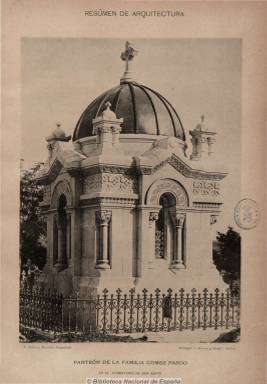
Título: Resumen de arquitectura, Revista de la Sociedad Central de Arquitectos
Colección: Arquitectura y construcción
Ámbito geográfico: Madrid
Lugar de publicación: Madrid
Fechas: 01/01/1899-01/12/1900

A partir de enero de 1899, la Sociedad Central de Arquitectos, antecedente histórico de los actuales colegios profesionales, decide fusionar en una sola publicación las dos que venía editando previamente: Resumen de arquitectura, desde 1891, y Revista de la Sociedad Central de Arquitectos, desde 1876. Este título unificado imprime sus entregas con la indicación de “año XXVI”, y como órgano oficial de esta entidad corporativa profesional, nacida en 1849, editará hasta 24 números mensuales, de entre doce y veinte páginas cada uno, compuestos a dos columnas, hasta diciembre de 1900, incluyendo en sus números de diciembre unos índices alfabéticos de autores.

En su Sección oficial dará cuenta de las actas, actividades y actuaciones de los órganos representativos de la Sociedad, y en el resto de sus páginas, crónicas, artículos, estudios, informes, noticias, recensiones legislativas y bibliográficas, vacantes de puestos oficiales o necrologías, en relación con la actividad arquitectónica y urbanística y la construcción. Asimismo insertará algunos fotograbados y láminas.

Entre los autores de sus textos aparecen los nombres de Gabriel Abrey, Eduardo Adaro, Pedro A. Berenguer, Luis María Cabello y Lapiedra, Santiago Castellanos, Luis de la Figuera, Pedro García Faria, Vicente Lampérez y Romea, Enrique Repullés y Vargas, Manuel Vega y March o Luis Bellido, entre otros, que escriben sobre cuestiones de saneamiento e higiene de la construcción o sobre la historia y el concepto del arte arquitectónico, entre otros asuntos.

Tras quedar suspendida la edición de esta revista, se volverá a publicar, en 1917, con periodicidad quincenal, el Boletín de la Sociedad Central de Arquitectos, y, desde 1918 a 1936, con periodicidad mensual, la revista Arquitectura, como órgano oficial de esta corporación profesional, que a partir de 1941 será continuada por Revista nacional de arquitectura, títulos estos que también forman parte de los fondos de la Biblioteca Nacional de España.